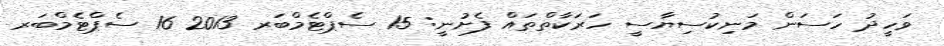
ވަހީދު ހަސަން މަނިކުސިޔާސީ ހަރަކާތްތައް ފެށުނީ: 15 ސެޕްޓެމްބަރ 2013 16 ސެޕްޓެމްބަރ